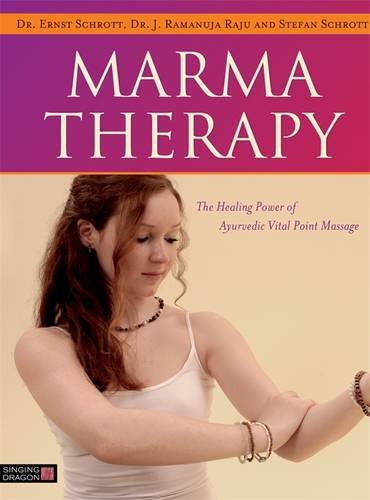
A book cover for Marma Therapy: The Healing Power of Ayurvedic Vital Point Massage; Ernst Schrott; Health, Fitness & Dieting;